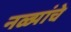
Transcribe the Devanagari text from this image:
नळ्यांचे